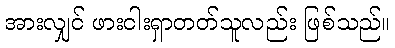
အားလျှင် ဖားငါးရှာတတ်သူလည်း ဖြစ်သည်။